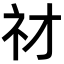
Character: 𥘔